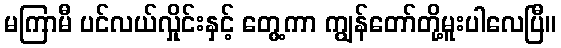
မကြာမီ ပင်လယ်လှိုင်းနှင့် တွေ့ကာ ကျွန်တော်တို့မူးပါလေပြီ။